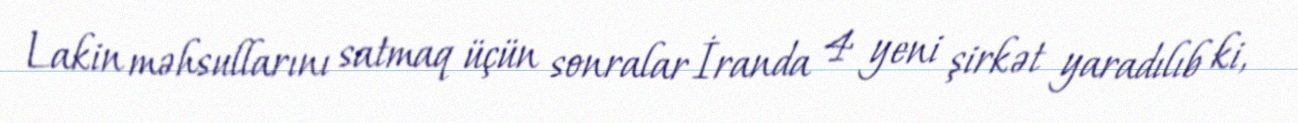
Lakin məhsullarını satmaq üçün sonralar İranda 4 yeni şirkət yaradılıb ki,